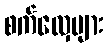
စက်လှေများ